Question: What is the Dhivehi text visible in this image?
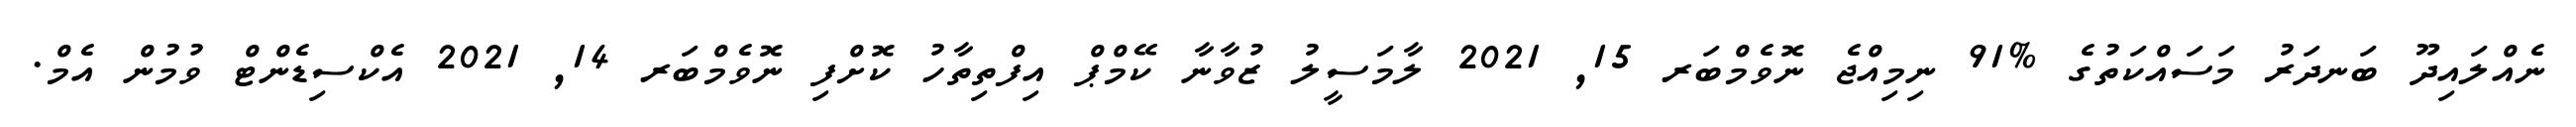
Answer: ނެއްލައިދޫ ބަނދަރު މަސައްކަތުގެ %91 ނިމިއްޖެ ނޮވެމްބަރ 15, 2021 ލާމަސީލު ޒުވާނާ ކޭމްޕް އިފްތިތާހު ކޮށްފި ނޮވެމްބަރ 14, 2021 އެކްސިޑެންޓް ވުމުން އެމް.